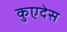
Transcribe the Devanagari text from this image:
कुएदेस